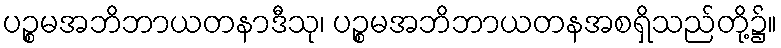
ပဉ္စမအဘိဘာယတနာဒီသု၊ ပဉ္စမအဘိဘာယတနအစရှိသည်တို့၌။